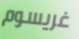
غريسوم